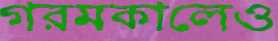
গরমকালেও